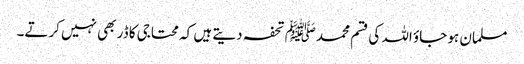
مسلمان ہو جاؤ اللہ کی قسم محمدﷺ تحفہ دیتے ہیں کہ محتاجی کا ڈر بھی نہیں کرتے۔